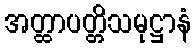
အတ္ထာပတ္တိသမုဋ္ဌာနံ